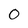
Character: 0